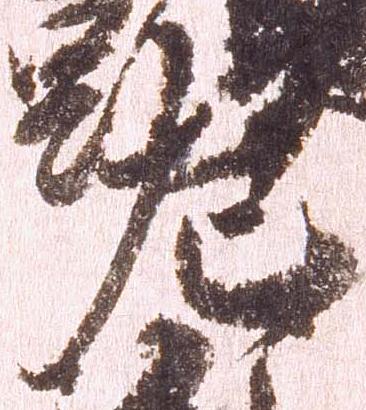
左